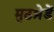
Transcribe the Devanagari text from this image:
मुठभ़ेडें